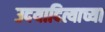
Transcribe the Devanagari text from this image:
उदयादित्याच्या